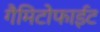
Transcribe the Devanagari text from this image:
गैमिटोफाईट